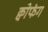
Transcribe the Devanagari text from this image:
क्वोफंग